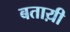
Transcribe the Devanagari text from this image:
बताय़ी